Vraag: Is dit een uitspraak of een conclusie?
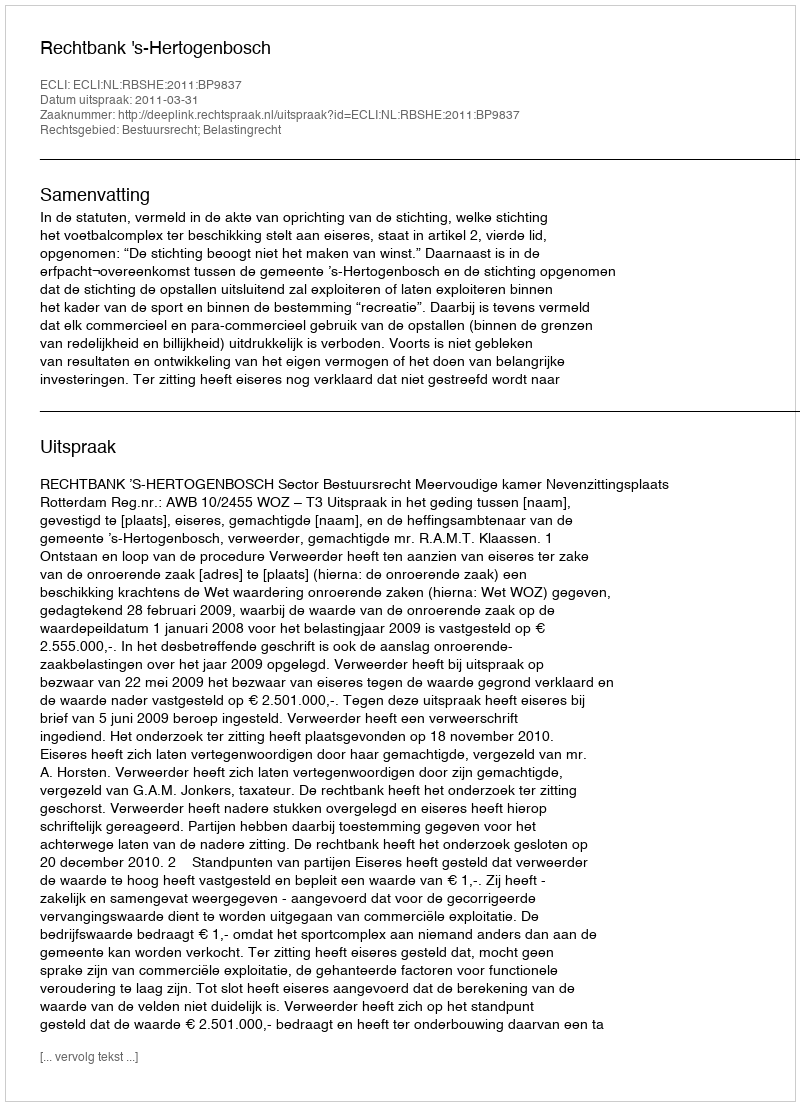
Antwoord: Uitspraak